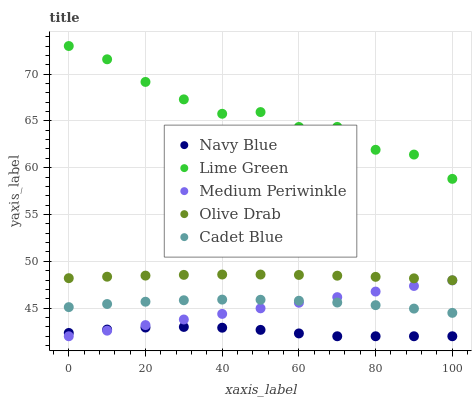
| xaxis_label | Navy Blue | Lime Green | Medium Periwinkle | Olive Drab | Cadet Blue |
 | --- | --- | --- | --- | --- | --- |
 | 0 | 42.4 | 73 | 42 | 48.2 | 45.1 |
 | 10 | 42.7 | 71.6 | 42.6 | 48.4 | 45.4 |
 | 20 | 42.9 | 69.2 | 43.2 | 48.5 | 45.7 |
 | 30 | 43 | 67.3 | 43.8 | 48.6 | 45.8 |
 | 40 | 42.9 | 65.8 | 44.4 | 48.6 | 45.9 |
 | 50 | 42.7 | 65.9 | 45 | 48.6 | 45.9 |
 | 60 | 42.3 | 64.4 | 45.6 | 48.5 | 45.8 |
 | 70 | 42 | 64.4 | 46.2 | 48.5 | 45.6 |
 | 80 | 42 | 61.9 | 46.8 | 48.3 | 45.3 |
 | 90 | 42 | 61.4 | 47.4 | 48.2 | 45 |
 | 100 | 42 | 58.8 | 48 | 48 | 44.5 |